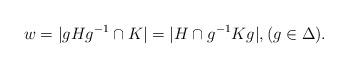
LaTeX: \begin{align*}w = \vert gHg^{-1} \cap K\vert = \vert H \cap g^{-1} K g\vert,(g\in \Delta).\end{align*}